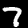
Digit: 7